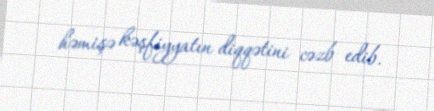
həmişə kəşfiyyatın diqqətini cəzb edib.